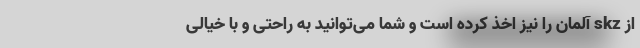
از skz آلمان را نیز اخذ کرده است و شما می‌توانید به راحتی و با خیالی